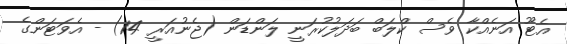
އެޓޫ އަނެއްކާ ވެސް ކްލަބް ބަދަލުކުރަނީ ލަންޑަން (ޖެނުއަރީ 14) - އެވަޓަންގެ